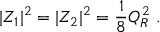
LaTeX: | Z _ { 1 } | ^ { 2 } = | Z _ { 2 } | ^ { 2 } = { \frac { 1 } { 8 } } Q _ { R } ^ { 2 } \ .